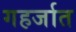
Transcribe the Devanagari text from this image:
गहर्जात